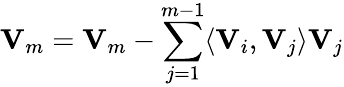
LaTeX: {\mathbf V}_{m}={\mathbf V}_{m}-\sum_{j=1}^{m-1}\langle{\mathbf V}_{i},{\mathbf V}_{j}\rangle{\mathbf V}_{j}